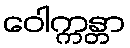
ဝေါက္ကန္တာ